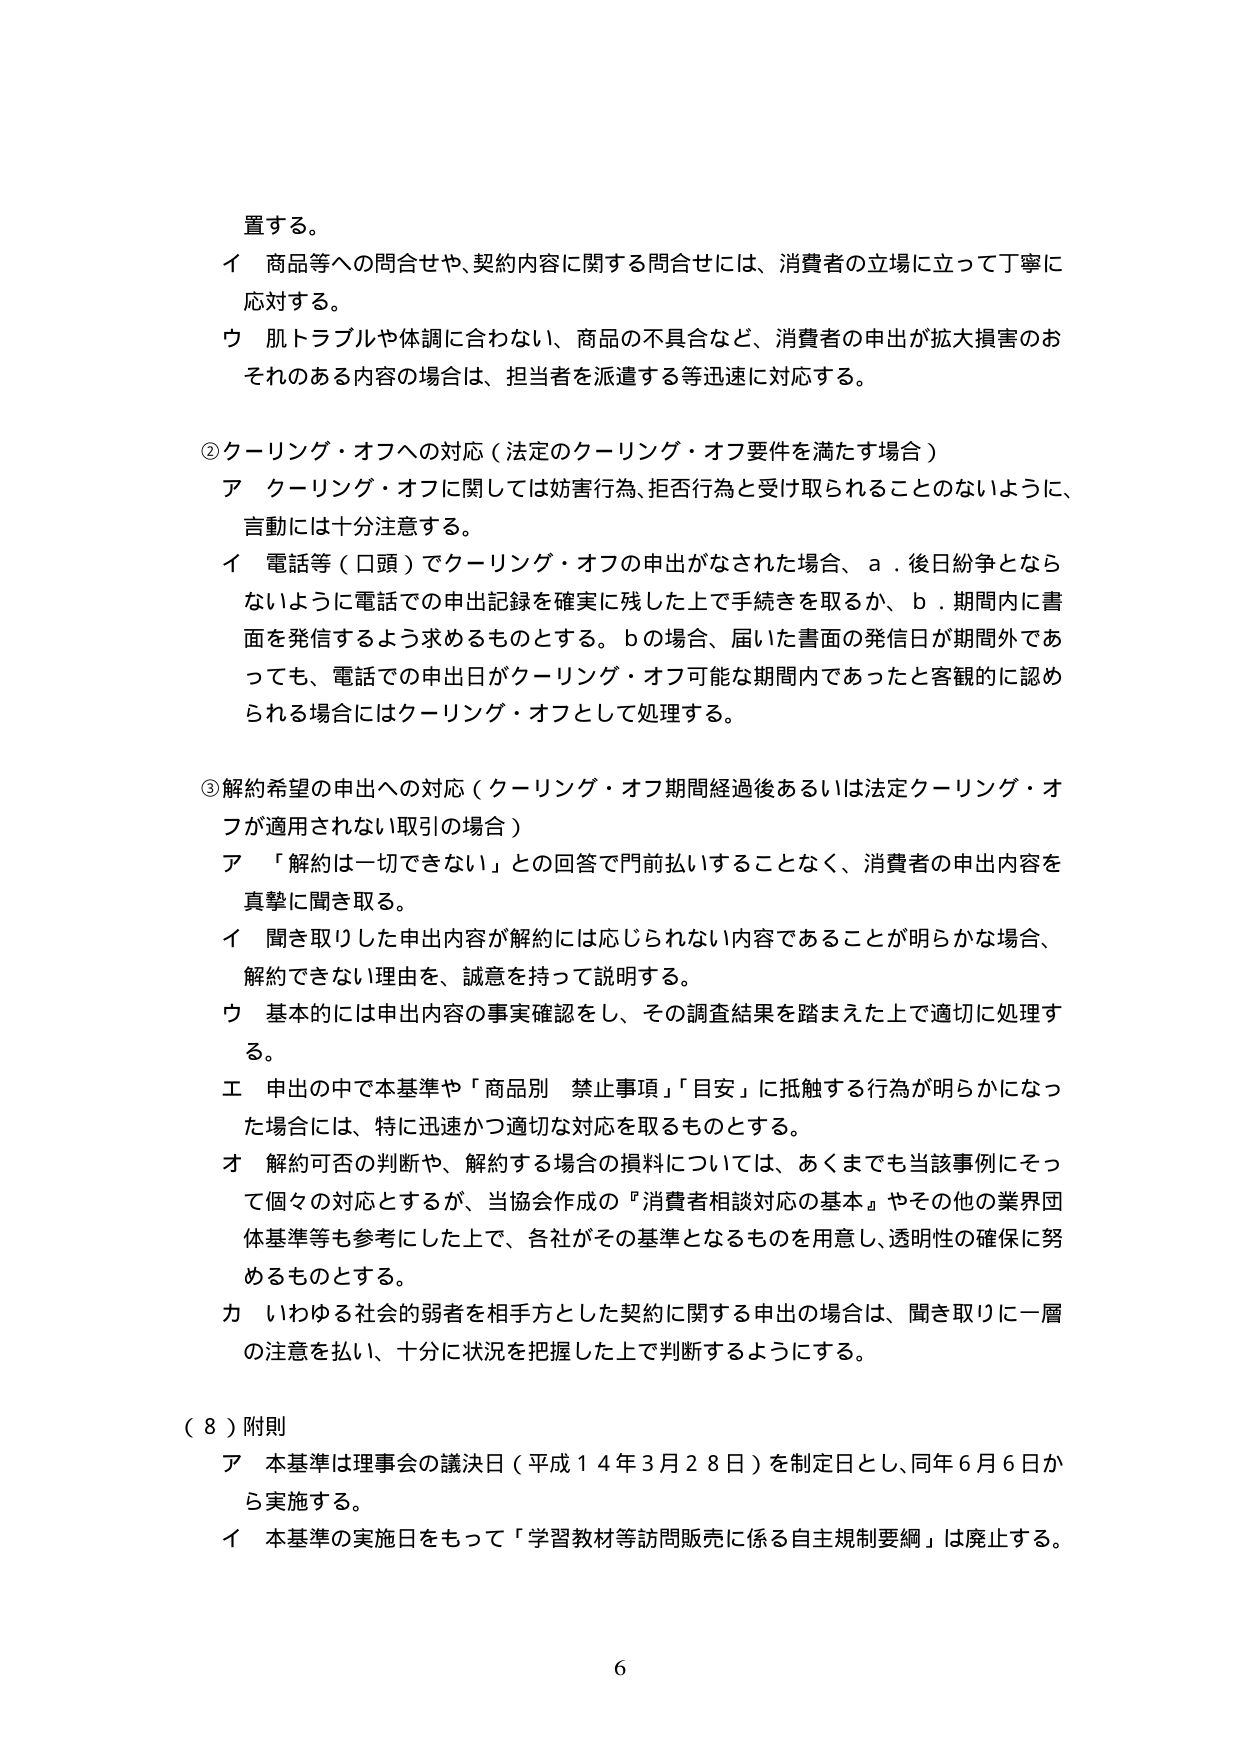
置する。

イ 商品等への問合せや、契約内容に関する問合せには、消費者の立場に立って丁寧に応対する。

ウ 肌トラブルや体調に合わない、商品の不具合など、消費者の申出が拡大損害のおそれのある内容の場合は、担当者を派遣する等迅速に対応する。

②クーリング・オフへの対応（法定のクーリング・オフ要件を満たす場合）

ア クーリング・オフに関しては妨害行為、拒否行為と受け取られることのないように、言動には十分注意する。

イ 電話等（口頭）でクーリング・オフの申出がなされた場合、ａ．後日紛争とならないように電話での申出記録を確実に残した上で手続きを取るか、ｂ．期間内に書面を発信するよう求めるものとする。ｂの場合、届いた書面の発信日が期間外であっても、電話での申出日がクーリング・オフ可能な期間内であったと客観的に認められる場合にはクーリング・オフとして処理する。

③解約希望の申出への対応（クーリング・オフ期間経過後あるいは法定クーリング・オフが適用されない取引の場合）

ア 「解約は一切できない」との回答で門前払いすることなく、消費者の申出内容を真摯に聞き取る。

イ 聞き取りした申出内容が解約には応じられない内容であることが明らかな場合、解約できない理由を、誠意を持って説明する。

ウ 基本的には申出内容の事実確認をし、その調査結果を踏まえた上で適切に処理する。

エ 申出の中で本基準や「商品別 禁止事項」「目安」に抵触する行為が明らかになった場合には、特に迅速かつ適切な対応を取るものとする。

オ 解約可否の判断や、解約する場合の損料については、あくまでも当該事例にそって個々の対応とするが、当協会作成の『消費者相談対応の基本』やその他の業界団体基準等も参考にした上で、各社がその基準となるものを用意し、透明性の確保に努めるものとする。

カ いわゆる社会的弱者を相手方とした契約に関する申出の場合は、聞き取りに一層の注意を払い、十分に状況を把握した上で判断するようにする。

（８）附則

ア 本基準は理事会の議決日（平成１４年３月２８日）を制定日とし、同年６月６日から実施する。

イ 本基準の実施日をもって「学習教材等訪問販売に係る自主規制要綱」は廃止する。

6